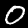
Digit: 0